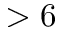
> 6